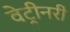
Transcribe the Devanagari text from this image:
वेट्रीनरी